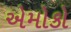
એમોકો